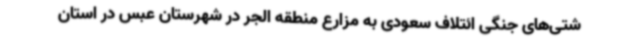
شتی‌های جنگی ائتلاف سعودی به مزارع منطقه الجر در شهرستان عبس در استان